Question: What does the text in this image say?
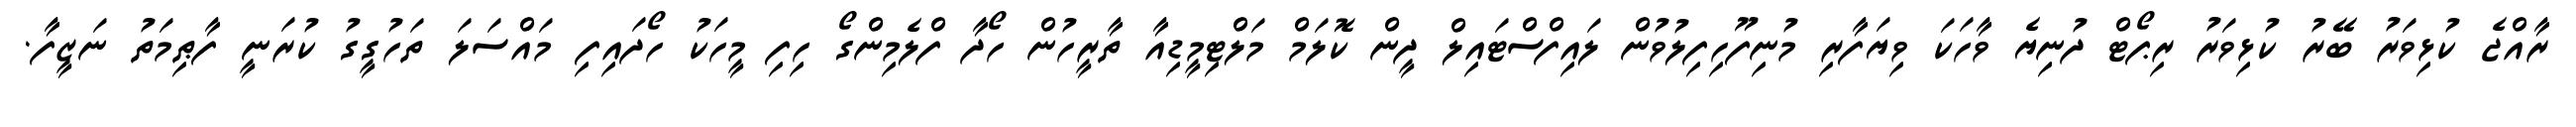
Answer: ރާއްޖެ ކުޅިވަރު ބޭރު ކުޅިވަރު ރިޕޯޓް ދުނިޔެ ވާހަކަ ވިޔަފާރި މުނިފޫހިފިލުވުން ލައިފްސްޓައިލް ދީން ކޮލަމް މަލްޓިމީޑިއާ ތާރީހުން ހޯދާ ފްލެމިންގޯ ހިފި މީހަކު ހޯދައިފި މައްސަލަ ތަހުގީގު ކުރަނީ ފާޠިމަތު ނަޒީފާ.